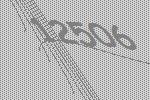
12506